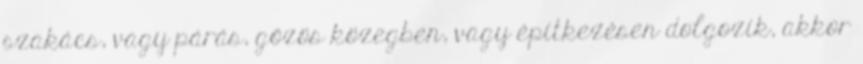
szakács, vagy párás, gőzös közegben, vagy építkezésen dolgozik, akkor